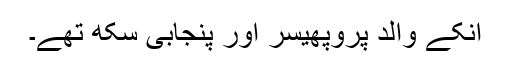
اُنکے والد پْروپھیسر اور پنجابی سِکھ تھے۔